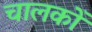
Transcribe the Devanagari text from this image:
चालकोँ